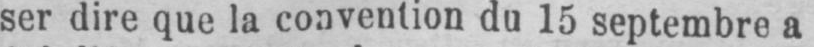
ser dire que la convention du 15 septembre a